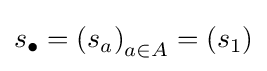
s_{\bullet }=\left(s_{a}\right)_{a\in A}=\left(s_{1}\right)